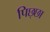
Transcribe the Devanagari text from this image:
पिछ्छा